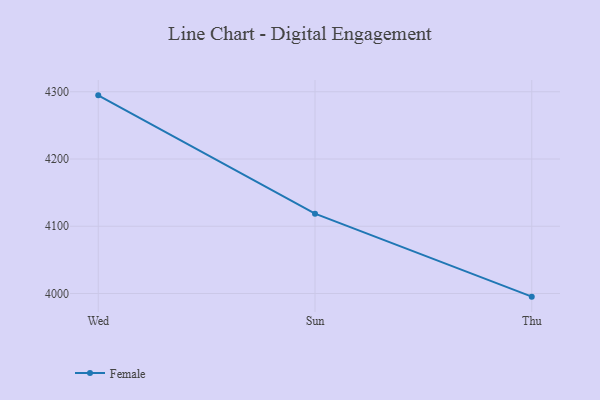
{"axis": {"x": "Day", "y": "Bounce Rate (%)"}, "legend": ["Female"], "data": [{"x": "Wed", "y": 4294.7, "type": "Female"}, {"x": "Sun", "y": 4118.7, "type": "Female"}, {"x": "Thu", "y": 3995.3, "type": "Female"}]}